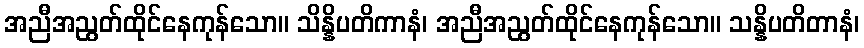
အညီအညွတ်ထိုင်နေကုန်သော။ သိန္နိပတိကာနံ၊ အညီအညွတ်ထိုင်နေကုန်သော။ သန္နိပတိတာနံ၊